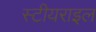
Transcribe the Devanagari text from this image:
स्टीयराइल